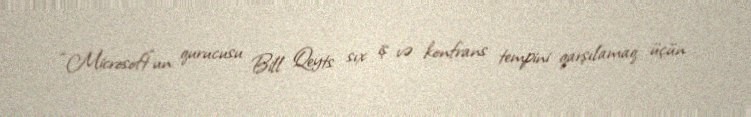
“Microsoft”un qurucusu Bill Qeyts sıx iş və konfrans tempini qarşılamaq üçün